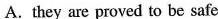
A.they are proved to be safe